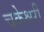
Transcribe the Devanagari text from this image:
चकेश्वरी